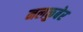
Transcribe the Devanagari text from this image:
नलकुबेर